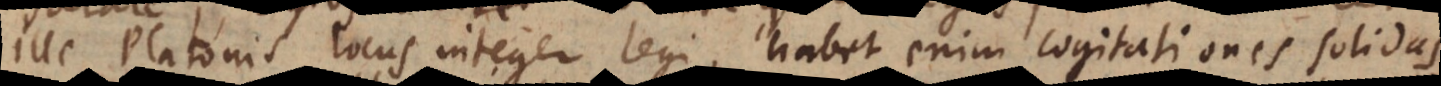
ille Platonis locus integer legi, habet enim cogitationes solidas